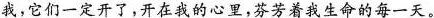
\underline{我，它们一定开了，开在我的心里，芬芳着我生命的每一天。}